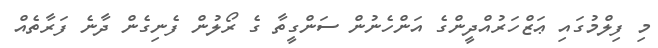
މި ފިލްމުގައި ޢަޒްހަރުއްދީންގެ އަންހެނުން ސަންގީތާ ގެ ރޯލުން ފެނިގެން ދާނެ ފަރާތެއް